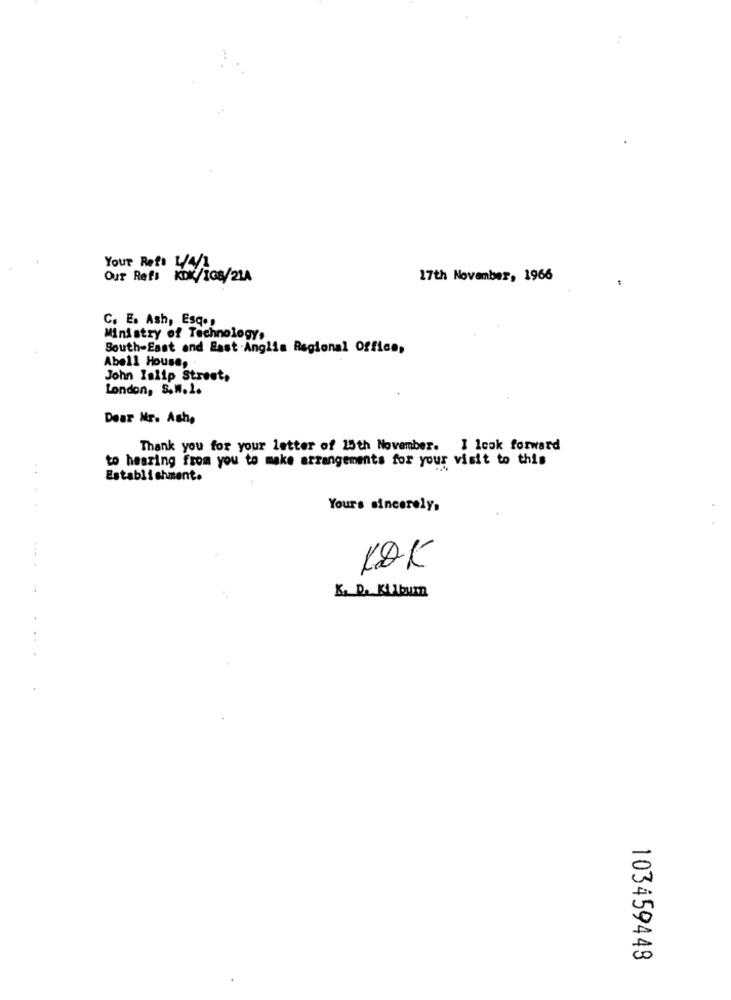
Your Reto 4/4/
Our Ref: KDK/IG8/214
17th November, 1966
C. E. Ash, Esqos
Ministry of Technology,
South-East and East Anglia Regional Offices
Abell House,
John lalip Street,
London, S.W.1.
Dear Mr. Ash,
Thank you for your letter of 25th November. I look forward
to hearing from you to make arrangements for your visit to this
..
Establishment.
Yours sincerely,
KOK
K. DA. Kilburn
103459448